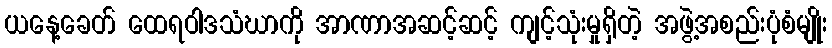
ယနေ့ခေတ် ထေရဝါဒသံဃာကို အာဏာအဆင့်ဆင့် ကျင့်သုံးမှုရှိတဲ့ အဖွဲ့အစည်းပုံစံမျိုး